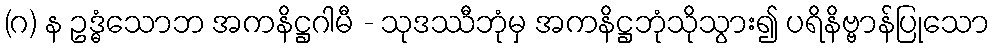
(ဂ) န ဥဒ္ဓံသောဘ အကနိဋ္ဌဂါမီ - သုဒဿီဘုံမှ အကနိဋ္ဌဘုံသိုသွား၍ ပရိနိဗ္ဗာန်ပြုသော